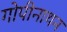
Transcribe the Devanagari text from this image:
गोपीनाथन